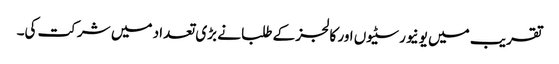
تقریب میں یونیورسٹیوں اور کالجز کے طلبا نے بڑی تعداد میں شرکت کی۔